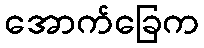
အောက်ခြေက